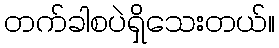
တက်ခါစပဲရှိသေးတယ်။